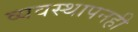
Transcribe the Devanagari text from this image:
व्यवस्थापनही